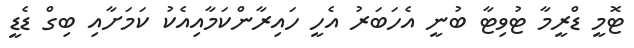
ޓޮމީ ޑްރީމާ ޓުވިޓާ ބުނީ އެހަބަރު އެހީ ހައިރާންކަމާއިއެކު ކަމަށާއި ބިގް ޑެޑީ